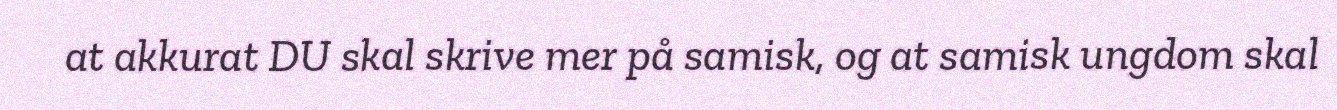
at akkurat DU skal skrive mer på samisk, og at samisk ungdom skal